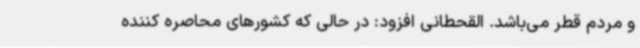
و مردم قطر می‌باشد. القحطانی افزود: در حالی که کشورهای محاصره کننده